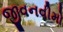
જીવનવીમો